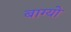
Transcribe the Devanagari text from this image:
बाग्यो